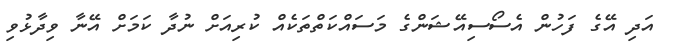
އަދި އޭގެ ފަހުން އެސޯސިއޭޝަންގެ މަސައްކަތްތަކެއް ކުރިއަށް ނުދާ ކަމަށް އޭނާ ވިދާޅުވި